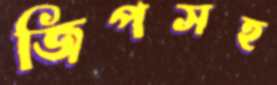
জিপসহ